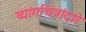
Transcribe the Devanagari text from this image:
व्यांगचित्रांद्वारे